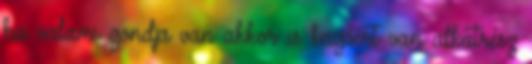
ha valami gondja van akkor is bagóért van alkatrész